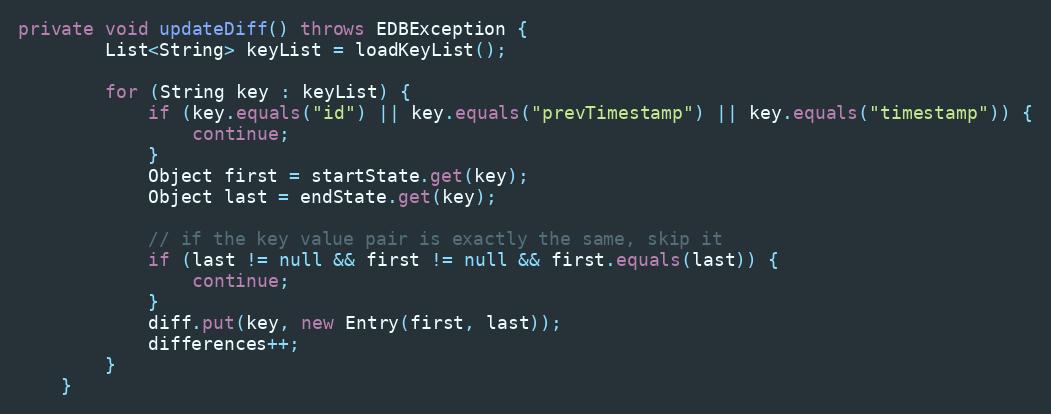
Language: Java
private void updateDiff() throws EDBException {
        List<String> keyList = loadKeyList();

        for (String key : keyList) {
            if (key.equals("id") || key.equals("prevTimestamp") || key.equals("timestamp")) {
                continue;
            }
            Object first = startState.get(key);
            Object last = endState.get(key);

            // if the key value pair is exactly the same, skip it
            if (last != null && first != null && first.equals(last)) {
                continue;
            }
            diff.put(key, new Entry(first, last));
            differences++;
        }
    }